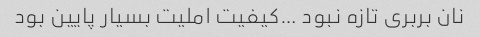
نان بربری تازه نبود …کیفیت املیت بسیار پایین بود